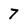
Character: 7